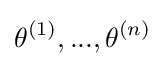
\theta ^{(1)},...,\theta ^{(n)}